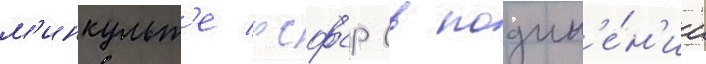
м'инкульт'е рсфср (в подчин'е́н'ии